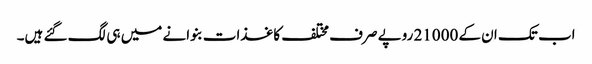
اب تک ان کے 21000 روپے صرف مختلف کاغذات بنوانے میں ہی لگ گئے ہیں۔